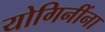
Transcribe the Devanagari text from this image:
योगिनींना